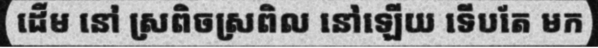
ដើម នៅ ស្រពិចស្រពិល នៅឡើយ ទើបតែ មក